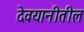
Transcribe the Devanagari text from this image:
देवयानीतील